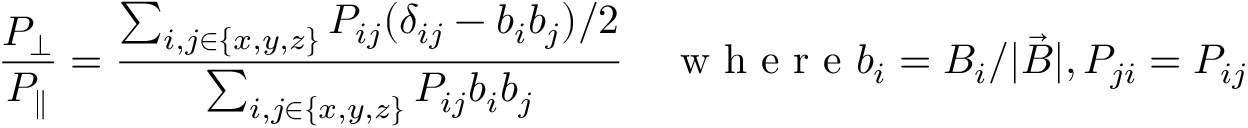
\frac { P _ { \perp } } { P _ { \parallel } } = \frac { \sum _ { i , j \in \{ x , y , z \} } P _ { i j } ( \delta _ { i j } - b _ { i } b _ { j } ) / 2 } { \sum _ { i , j \in \{ x , y , z \} } P _ { i j } b _ { i } b _ { j } } \quad \mathrm { ~ w ~ h ~ e ~ r ~ e ~ } b _ { i } = B _ { i } / | \vec { B } | , P _ { j i } = P _ { i j }